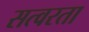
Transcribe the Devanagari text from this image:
सत्वरता